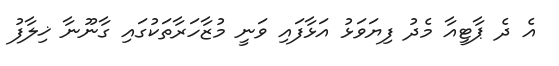
އެ ދެ ޕާޓީއާ މެދު ފިޔަވަޅު އަޅާފައި ވަނީ މުޒާހަރާތަކުގައި ގާނޫނާ ޚިލާފު